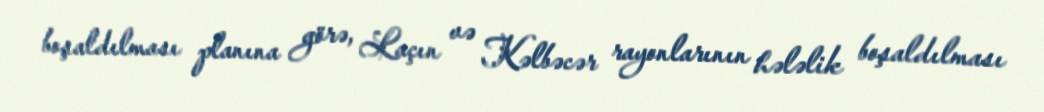
boşaldılması planına görə, Laçın və Kəlbəcər rayonlarının hələlik boşaldılması